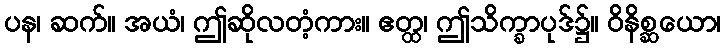
ပန၊ ဆက်။ အယံ၊ ဤဆိုလတံ့ကား။ ဧတ္ထ၊ ဤသိက္ခာပုဒ်၌။ ဝိနိစ္ဆယော၊